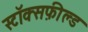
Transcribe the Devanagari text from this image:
स्टॉक्सफ़ील्ड